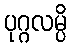
ပုဂ္ဂလမ္ပိ